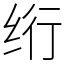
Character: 绗